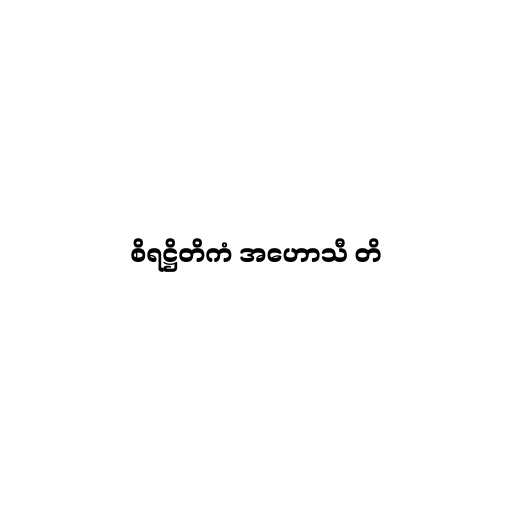
စိရဋ္ဌိတိကံ အဟောသီ တိ